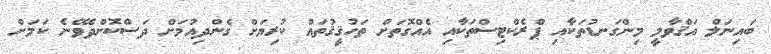
ބައިނަލް އަޤްވާމީ މިންގަނޑުތަކާއި ޕްރެކްޓިސްތަކާއި އެއްގޮތަށް ތަހުޤީޤުތައް ކުރިޔަށް ގެންދިއުމަށް ދަސްކޮށްދެވޭނެ ކަމަށް